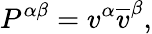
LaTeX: P^{\alpha\beta}=v^{\alpha}\overline{{{v}}}^{\beta},